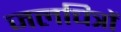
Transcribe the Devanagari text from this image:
जलचित्रों